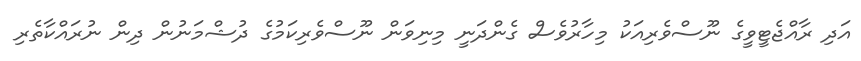
އަދި ރާއްޖެޓީވީގެ ނޫސްވެރިއަކު މިހާރުވެސް ގެންދަނީ މިނިވަން ނޫސްވެރިކަމުގެ ދުޝްމަނުން ދިން ނުރައްކާތެރި